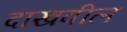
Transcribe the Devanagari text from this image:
दाखवील